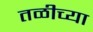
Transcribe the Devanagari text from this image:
तळीच्या